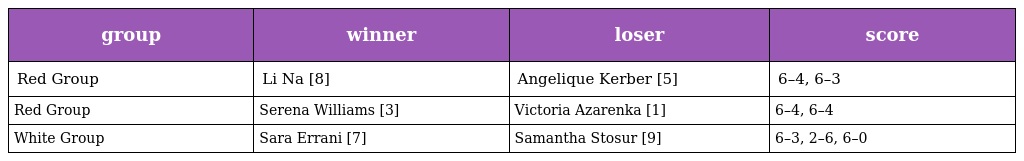
| group | winner | loser | score |
 | --- | --- | --- | --- |
 | Red Group | Li Na [8] | Angelique Kerber [5] | 6–4, 6–3 |
 | Red Group | Serena Williams [3] | Victoria Azarenka [1] | 6–4, 6–4 |
 | White Group | Sara Errani [7] | Samantha Stosur [9] | 6–3, 2–6, 6–0 |